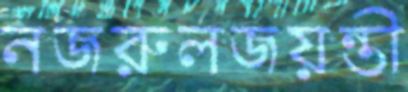
নজরুলজয়ন্তী